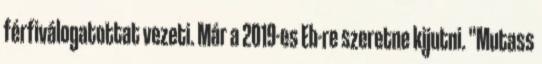
férfiválogatottat vezeti. Már a 2019-es Eb-re szeretne kijutni. "Mutass